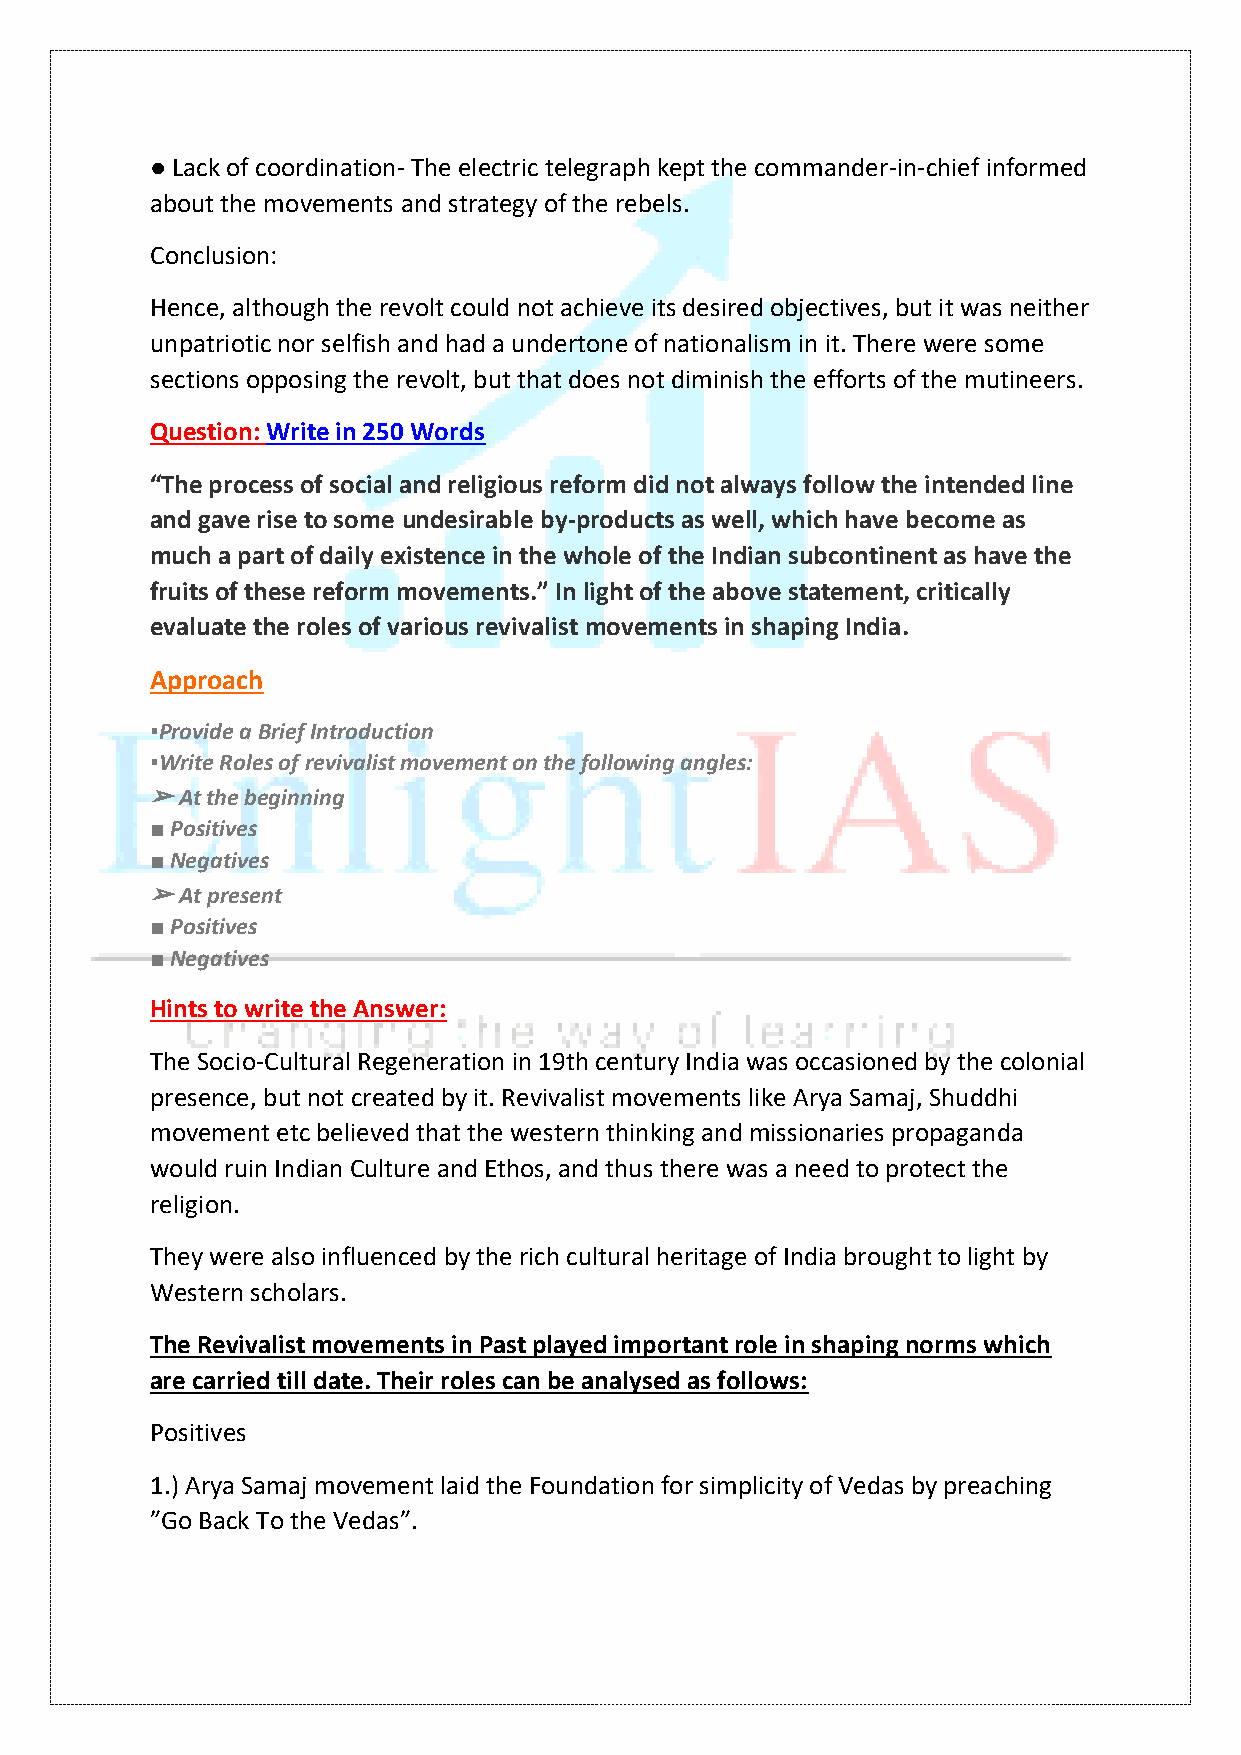
● Lack of coordination- The electric telegraph kept the commander-in-chief informed
 about the movements and strategy of the rebels.
 Conclusion:
 Hence, although the revolt could not achieve its desired objectives, but it was neither
 unpatriotic nor selfish and had a undertone of nationalism in it. There were some
 sections opposing the revolt, but that does not diminish the efforts of the mutineers.
 Question: Write in 250 Words
 “The process of social and religious reform did not always follow the intended line
 and gave rise to some undesirable by-products as well, which have become as
 much a part of daily existence in the whole of the Indian subcontinent as have the
 fruits of these reform movements.” In light of the above statement, critically
 evaluate the roles of various revivalist movements in shaping India.
 Approach
 ▪️Provide a Brief Introduction
 ▪️Write Roles of revivalist movement on the following angles:
 ➢ At the beginning
 ■ Positives
 ■ Negatives
 ➢ At present
 ■ Positives
 ■ Negatives
 Hints to write the Answer:
 The Socio-Cultural Regeneration in 19th century India was occasioned by the colonial
 presence, but not created by it. Revivalist movements like Arya Samaj, Shuddhi
 movement etc believed that the western thinking and missionaries propaganda
 would ruin Indian Culture and Ethos, and thus there was a need to protect the
 religion.
 They were also influenced by the rich cultural heritage of India brought to light by
 Western scholars.
 The Revivalist movements in Past played important role in shaping norms which
 are carried till date. Their roles can be analysed as follows:
 Positives
 1.) Arya Samaj movement laid the Foundation for simplicity of Vedas by preaching
 ”Go Back To the Vedas”.